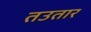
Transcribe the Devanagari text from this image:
तउतार